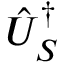
\hat { U } _ { S } ^ { \dagger }